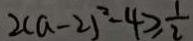
2 ( a - 2 ) ^ { 2 } - 4 \geq \frac { 1 } { 2 }